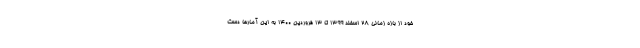
خود از بازه زمانی ۲۸ اسفند ۱۳۹۹ تا ۱۳ فروردین ۱۴۰۰ به این آمارها دست